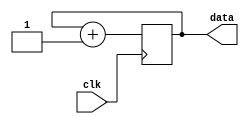
module counter(
	input clk,

	output [15:0]data
);

reg [15:0]cnt = 15'h0;

always @(posedge clk) begin
	cnt <= cnt + 15'h1;
end

assign data = cnt;

endmodule